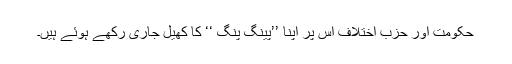
حکومت اور حزب اختلاف اس پر اپنا ’’پینگ پنگ ‘‘ کا کھیل جاری رکھے ہوئے ہیں۔